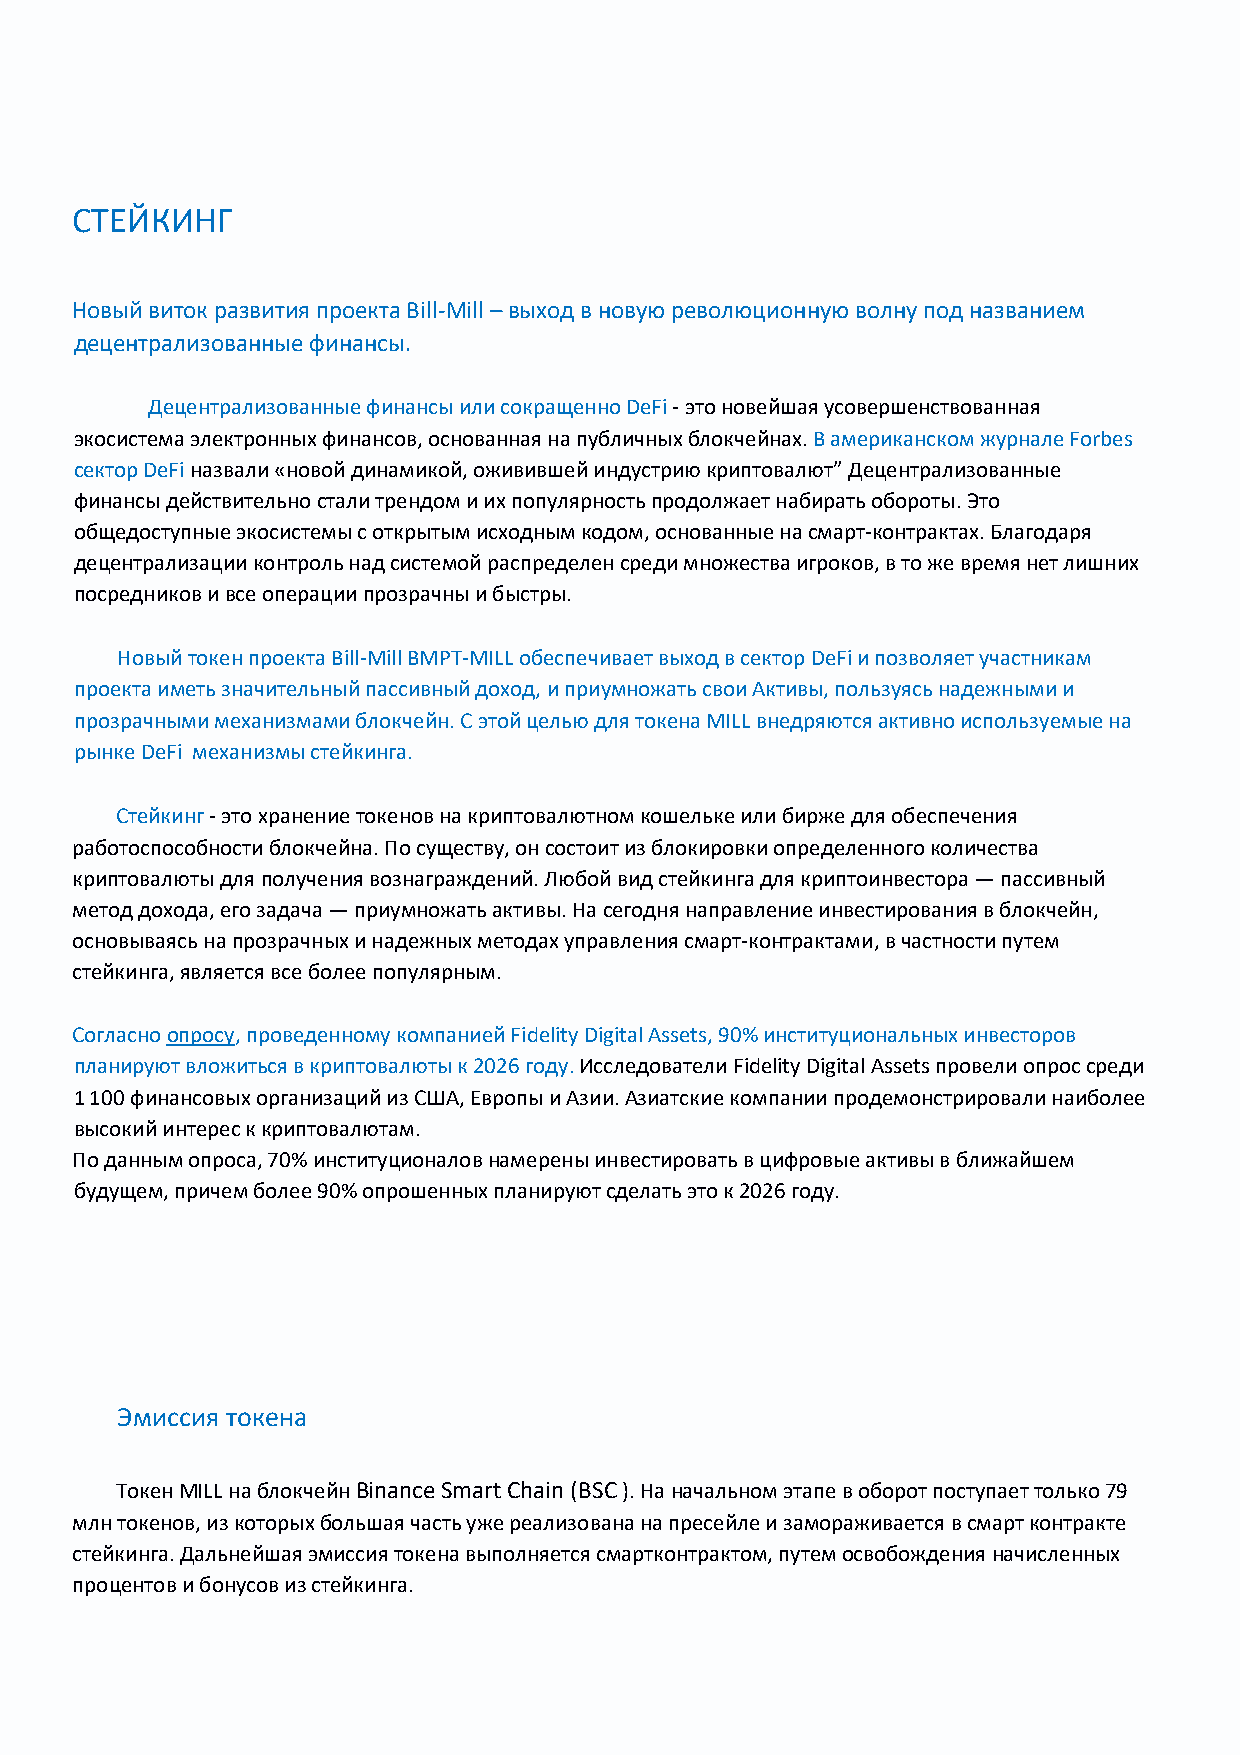
СТЕЙКИНГ
 Новый виток развития проекта Bill-Mill – выход в новую революционную волну под названием
 децентрализованные финансы.
 Децентрализованные финансы или сокращенно DeFi - это новейшая усовершенствованная
 экосистема электронных финансов, основанная на публичных блокчейнах. В американском журнале Forbes
 сектор DeFi назвали «новой динамикой, оживившей индустрию криптовалют” Децентрализованные
 финансы действительно стали трендом и их популярность продолжает набирать обороты. Это
 общедоступные экосистемы с открытым исходным кодом, основанные на смарт-контрактах. Благодаря
 децентрализации контроль над системой распределен среди множества игроков, в то же время нет лишних
 посредников и все операции прозрачны и быстры.
 Новый токен проекта Bill-Mill BMPT-MILL обеспечивает выход в сектор DeFi и позволяет участникам
 проекта иметь значительный пассивный доход, и приумножать свои Активы, пользуясь надежными и
 прозрачными механизмами блокчейн. С этой целью для токена MILL внедряются активно используемые на
 рынке DeFi механизмы стейкинга.
 Стейкинг - это хранение токенов на криптовалютном кошельке или бирже для обеспечения
 работоспособности блокчейна. По существу, он состоит из блокировки определенного количества
 криптовалюты для получения вознаграждений. Любой вид стейкинга для криптоинвестора — пассивный
 метод дохода, его задача — приумножать активы. На сегодня направление инвестирования в блокчейн,
 основываясь на прозрачных и надежных методах управления смарт-контрактами, в частности путем
 стейкинга, является все более популярным.
 Согласно опросу, проведенному компанией Fidelity Digital Assets, 90% институциональных инвесторов
 планируют вложиться в криптовалюты к 2026 году. Исследователи Fidelity Digital Assets провели опрос среди
 1 100 финансовых организаций из США, Европы и Азии. Азиатские компании продемонстрировали наиболее
 высокий интерес к криптовалютам.
 По данным опроса, 70% институционалов намерены инвестировать в цифровые активы в ближайшем
 будущем, причем более 90% опрошенных планируют сделать это к 2026 году.
 Эмиссия токена
 Токен MILL на блокчейн Binance Smart Chain (BSC ). На начальном этапе в оборот поступает только 79
 млн токенов, из которых большая часть уже реализована на пресейле и замораживается в смарт контракте
 стейкинга. Дальнейшая эмиссия токена выполняется смартконтрактом, путем освобождения начисленных
 процентов и бонусов из стейкинга.